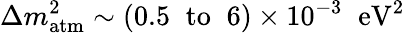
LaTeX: \Delta m_{\mathrm{atm}}^{2}\sim(0.5\; \; \mathrm{to}\; \; 6)\times 10^{-3}\; \; \mathrm{eV}^{2}